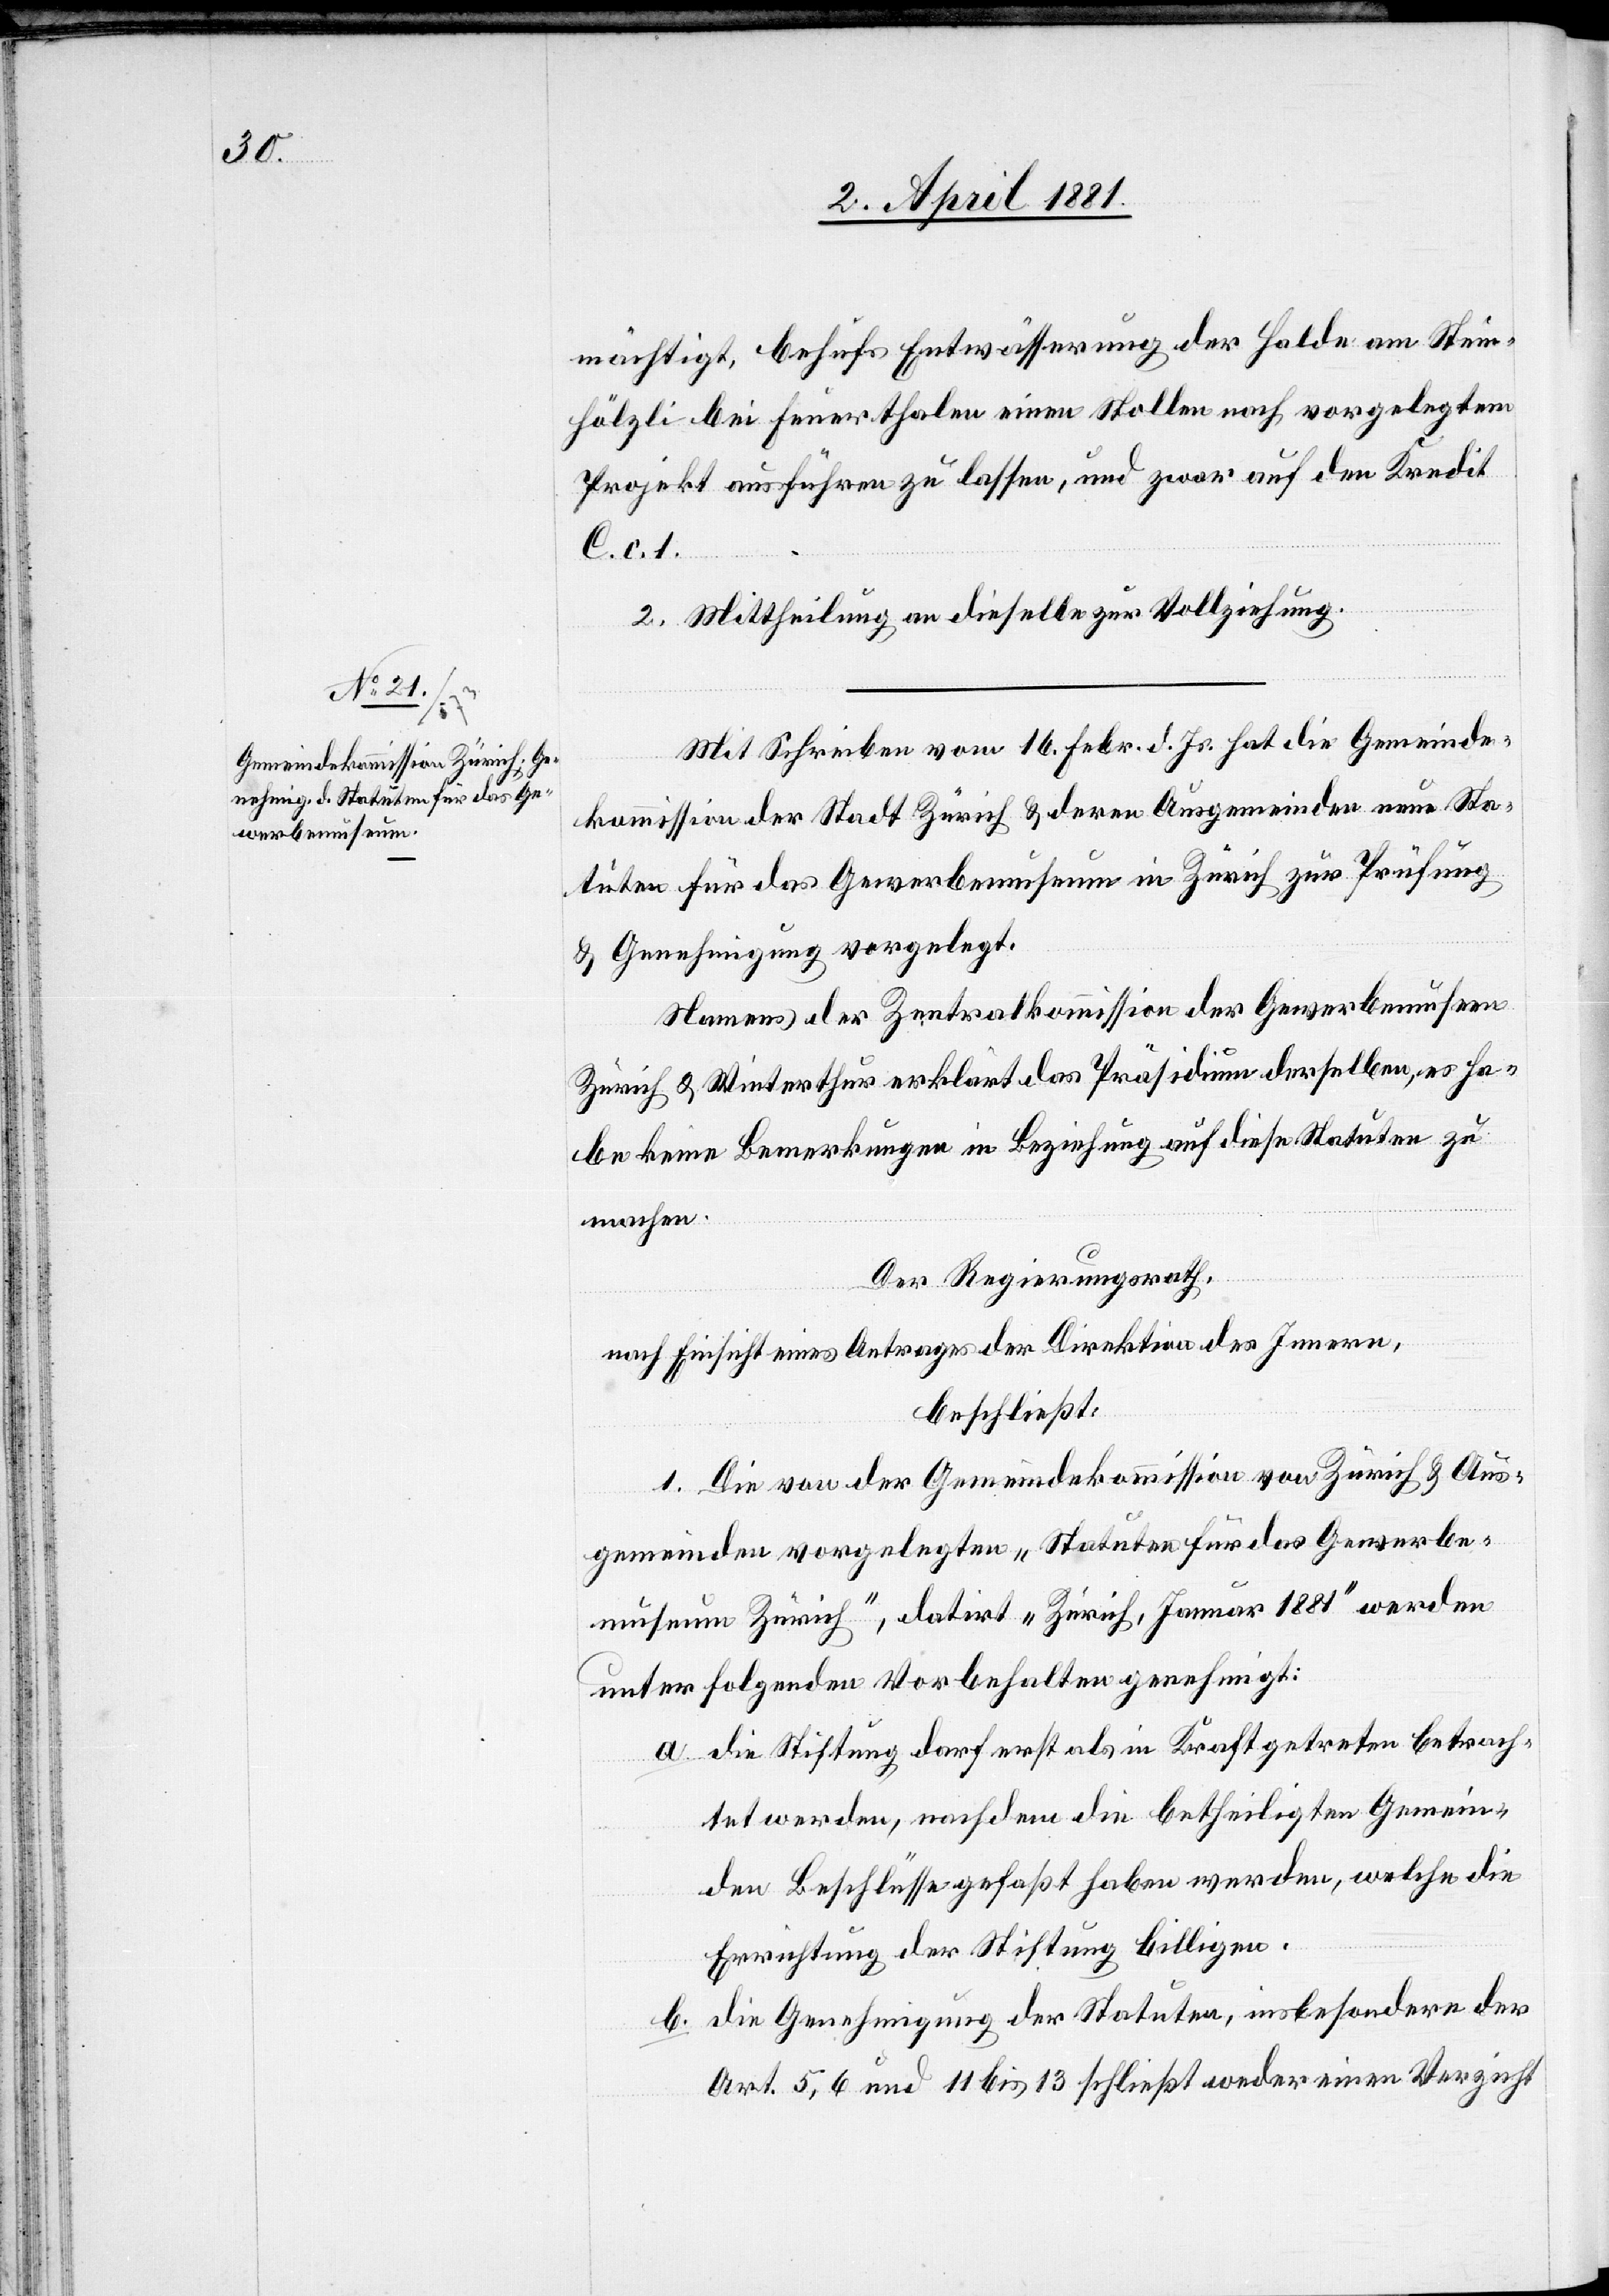
mächtigt, behufs Entwässerung der Halde am Stein¬
hölzli bei Feuerthalen einen Stollen nach vorgelegtem
Projekt ausführen zu lassen, und zwar auf den Kredit
C. c. 1.
2. Mittheilung an dieselbe zur Vollziehung.
Mit Schreiben vom 16. Febr. d. Js. hat die Gemeinde¬
kommission der Stadt Zürich & deren Ausgemeinden neue Sta¬
tuten für das Gewerbemuseum in Zürich zur Prüfung
& Genehmigung vorgelegt.
Namens der Zentralkommission der Gewerbemuseen
Zürich & Winterthur erklärt das Präsidium derselben, es ha¬
be keine Bemerkungen in Beziehung auf diese Statuten zu
machen.
Der Regierungsrath,
nach Einsicht eines Antrages der Direktion des Innern,
beschließt:
1. Die von der Gemeindekommission von Zürich & Aus¬
gemeinden vorgelegten „Statuten für das Gewerbe¬
museum Zürich“, datirt „Zürich, Januar 1881“ werden
unter folgenden Vorbehalten genehmigt:
a. die Stiftung darf erst als in Kraftgetreten betrach¬
tet werden, nachdem die betheiligten Gemein¬
den Beschlüsse gefaßt haben werden, welche die
Errichtung der Stiftung billigen.
b. die Genehmigung der Statuten, insbesondere der
Art. 5, 6 und 11 bis 13 schließt weder einen Verzicht